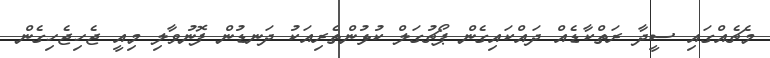
މެޗެއްގައި ސީދާ ރަތްކާޑެއް ދައްކައިގެން ޕޯޗުގަލް ކުޅުންތެރިއަކު ދަނޑުން ފޮނުވާލި މިއީ ޖެހިޖެހިގެން